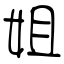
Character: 姐